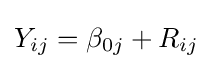
Y_{ij}=\beta _{0j}+R_{ij}